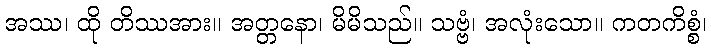
အဿ၊ ထို တိဿအား။ အတ္တနော၊ မိမိသည်။ သဗ္ဗံ၊ အလုံးသော။ ကတကိစ္စံ၊